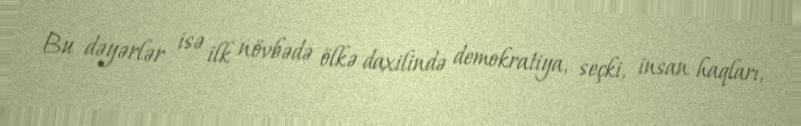
Bu dəyərlər isə ilk növbədə ölkə daxilində demokratiya, seçki, insan haqları,